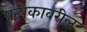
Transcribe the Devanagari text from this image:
प्रत्येकावरील